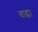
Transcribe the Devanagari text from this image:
वाह्य।